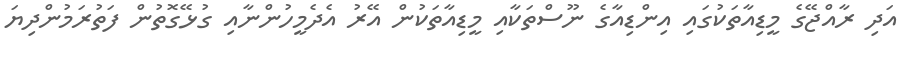
އަދި ރާއްޖޭގެ މީޑިއާތަކުގައި އިންޑިއާގެ ނޫސްތަކާއި މީޑިއާތަކުން އޭރު އެދެމީހުންނާއި ގުޅޭގޮތުން ފަތުރަމުންދިޔަ